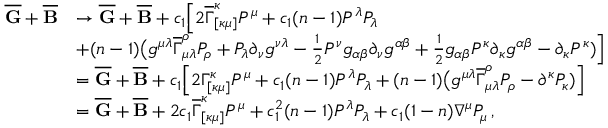
\begin{array} { r l } { \overline { { \mathbf { G } } } + \overline { { \mathbf { B } } } } & { \rightarrow \overline { { \mathbf { G } } } + \overline { { \mathbf { B } } } + c _ { 1 } \Big [ 2 \overline { { \Gamma } } _ { [ \kappa \mu ] } ^ { \kappa } P ^ { \mu } + c _ { 1 } ( n - 1 ) P ^ { \lambda } P _ { \lambda } } \\ & { + ( n - 1 ) \big ( g ^ { \mu \lambda } \overline { { \Gamma } } _ { \mu \lambda } ^ { \rho } P _ { \rho } + P _ { \lambda } \partial _ { \nu } g ^ { \nu \lambda } - \frac { 1 } { 2 } P ^ { \nu } g _ { \alpha \beta } \partial _ { \nu } g ^ { \alpha \beta } + \frac { 1 } { 2 } g _ { \alpha \beta } P ^ { \kappa } \partial _ { \kappa } g ^ { \alpha \beta } - \partial _ { \kappa } P ^ { \kappa } ) \Big ] } \\ & { = \overline { { \mathbf { G } } } + \overline { { \mathbf { B } } } + c _ { 1 } \Big [ 2 \Gamma _ { [ \kappa \mu ] } ^ { \kappa } P ^ { \mu } + c _ { 1 } ( n - 1 ) P ^ { \lambda } P _ { \lambda } + ( n - 1 ) \big ( g ^ { \mu \lambda } \overline { { \Gamma } } _ { \mu \lambda } ^ { \rho } P _ { \rho } - \partial ^ { \kappa } P _ { \kappa } ) \Big ] } \\ & { = \overline { { \mathbf { G } } } + \overline { { \mathbf { B } } } + 2 c _ { 1 } \overline { { \Gamma } } _ { [ \kappa \mu ] } ^ { \kappa } P ^ { \mu } + c _ { 1 } ^ { 2 } ( n - 1 ) P ^ { \lambda } P _ { \lambda } + c _ { 1 } ( 1 - n ) \nabla ^ { \mu } P _ { \mu } \, , } \end{array}